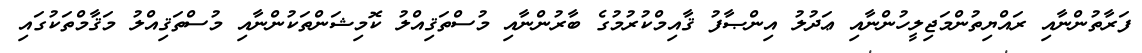
ފަރާތުންނާއި ރައްޔިތުންމަޖިލީހުންނާއި ޢަދުލު އިންޞާފު ޤާއިމްކުރުމުގެ ބާރުންނާއި މުސްތަޤިއްލު ކޮމިޝަންތަކުންނާއި މުސްތަޤިއްލު މަޤާމްތަކުގައި